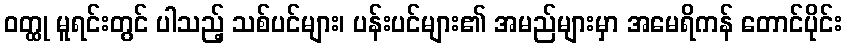
ဝတ္ထု မူရင်းတွင် ပါသည့် သစ်ပင်များ၊ ပန်းပင်များ၏ အမည်များမှာ အမေရိကန် တောင်ပိုင်း